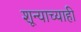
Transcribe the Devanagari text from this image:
शून्याच्याही